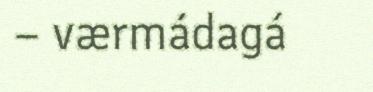
– værmádagá